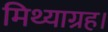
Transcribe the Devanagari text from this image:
मिथ्याग्रह।